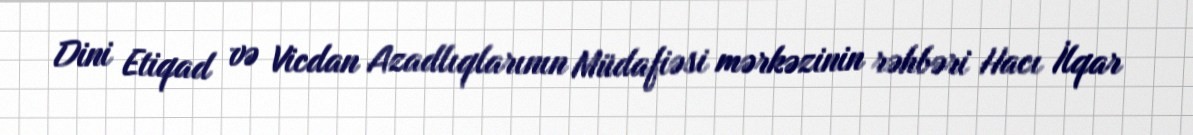
Dini Etiqad və Vicdan Azadlıqlarının Müdafiəsi mərkəzinin rəhbəri Hacı İlqar